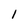
Character: I